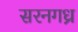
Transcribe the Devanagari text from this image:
सरनगध्र